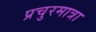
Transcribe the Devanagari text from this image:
प्रचुरमात्रा